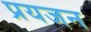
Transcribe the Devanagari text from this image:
प्रयजन